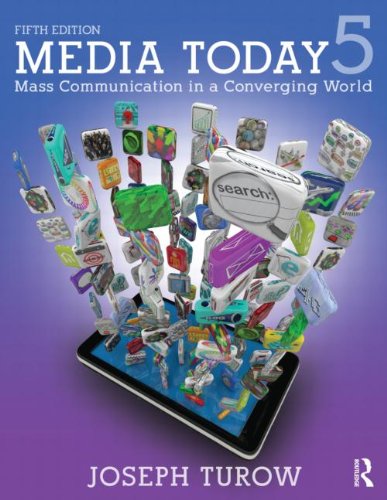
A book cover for Media Today: Mass Communication in a Converging World; Joseph Turow; Business & Money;